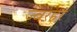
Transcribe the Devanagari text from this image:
ज्वरहर